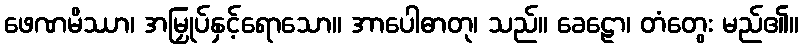
ဖေဏမိဿာ၊ အမြှုပ်နှင့်ရောသော။ အာပေါဓာတု၊ သည်။ ခေဠော၊ တံတွေး မည်၏။